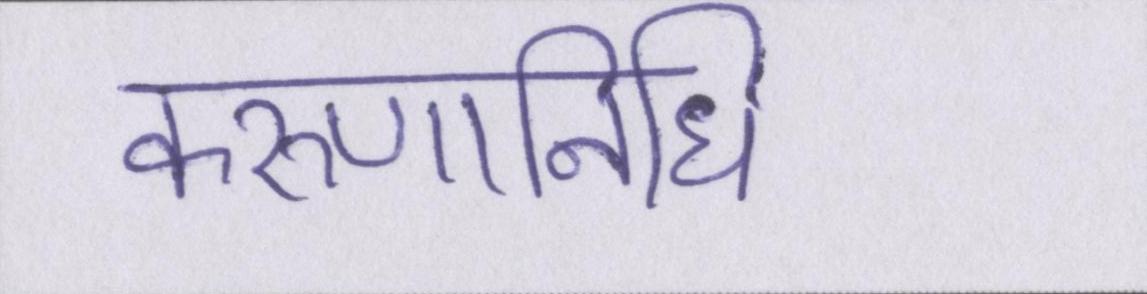
करुणानिधि